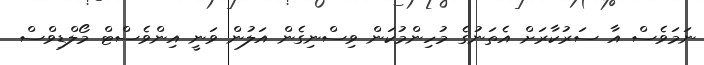
ނަމަވެސް އާ ސަރުކާރަށް އެތަނުގެ މުހިންމުކަން ވިސްނިގެން އަލުން ވަނީ އިންވެސްޓް މޯލްޑިވްސް